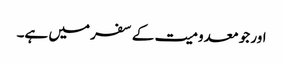
اور جو معدومیت کے سفر میں ہے۔